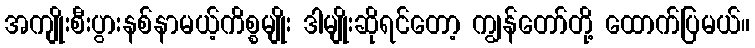
အကျိုးစီးပွားနစ်နာမယ့်ကိစ္စမျိုး ဒါမျိုးဆိုရင်တော့ ကျွန်တော်တို့ ထောက်ပြမယ်။